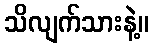
သိလျက်သားနဲ့။